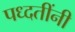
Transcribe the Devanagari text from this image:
पध्दतींनी